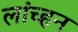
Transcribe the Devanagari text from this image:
लांच्हन